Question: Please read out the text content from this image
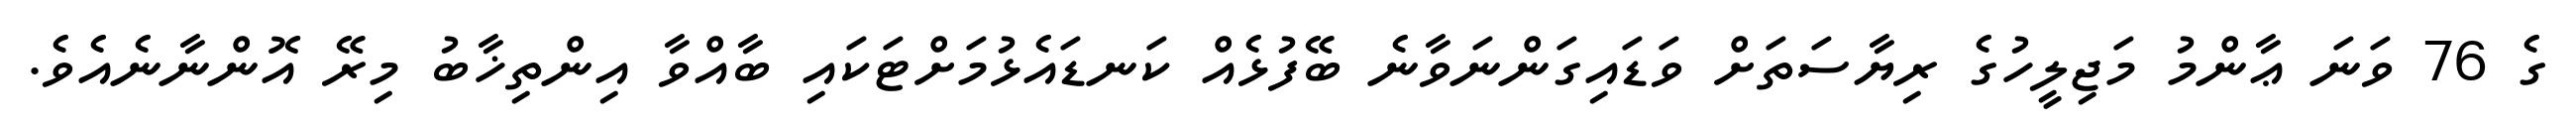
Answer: ގެ 76 ވަނަ ޢާންމު މަޖިލީހުގެ ރިޔާސަތަށް ވަޑައިގަންނަވާނެ ބޭފުޅެއް ކަނޑައެޅުމަށްޓަކައި ބާއްވާ އިންތިޚާބު މިރޭ އޮންނާނެއެވެ.